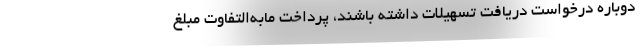
دوباره درخواست دریافت تسهیلات داشته باشند، پرداخت مابه‌التفاوت مبلغ